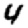
Digit: 4